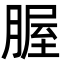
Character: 腛